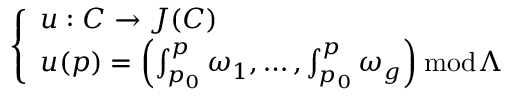
\left\{ \begin{array} { l l } { u : C \to J ( C ) } \\ { u ( p ) = \left( \int _ { p _ { 0 } } ^ { p } \omega _ { 1 } , \dots , \int _ { p _ { 0 } } ^ { p } \omega _ { g } \right) { \bmod { \Lambda } } } \end{array} \right.